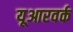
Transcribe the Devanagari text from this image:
यूआरवर्क